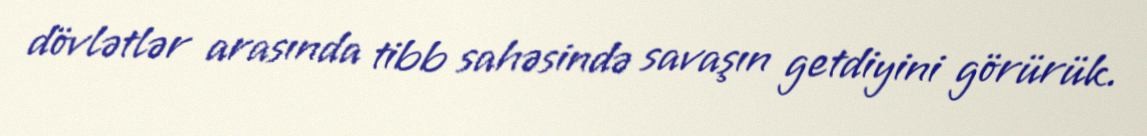
dövlətlər arasında tibb sahəsində savaşın getdiyini görürük.